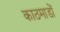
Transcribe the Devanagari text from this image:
काठमाडों